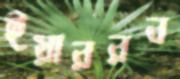
ইয়াররব